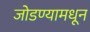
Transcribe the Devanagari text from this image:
जोडण्यामधून